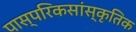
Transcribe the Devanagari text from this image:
पास्परिकसांस्कृतिक